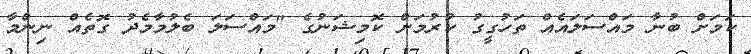
ކަމަށް ބުނާ މައްސަލައެއް ތަހުގީގު ކުރުމަށް ކޮމިޝަނުގެ "މައްސަލަ ބެލުމާމެދު ގޮތެއް ނިންމާ